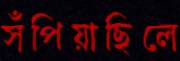
সঁপিয়াছিলে